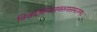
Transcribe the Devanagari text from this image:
निजदयिताननरूपसमानम्।